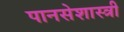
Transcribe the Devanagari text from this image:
पानसेशास्त्री